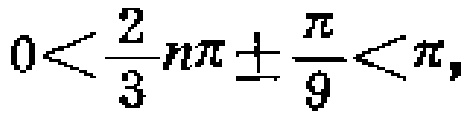
$0<\frac{2}{3}n\pi\pm\frac{\pi}{9}<\pi,$